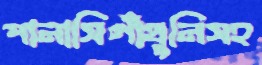
পানাসিগাঁথুনিসহ